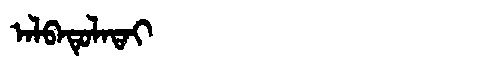
Manchu: ᠠᠯᠪᠠᡨᡠᠯᠠᡨᠠᡳ
Romanization: ALBATULATAI